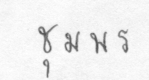
ชุมพร